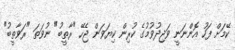
ކޭމަށް ފަހު އޮންނަނީ ވަޖިދުވުމުގެ ކުރިން ކިޔަވަން ޖެހޭ "ރާތީބު" ނުވަތަ "ރަވާތީބު"